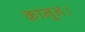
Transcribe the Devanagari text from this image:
क़ानून।